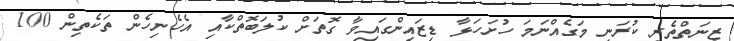
ޒީނަތްތެރި ކުރަނީ މަގެއްނަމަ ހުށަހަޅާ ޑިޒައިންގައިވާ ގޮތަށް ކުލަބޮތްކާއި އެހެނިހެން ތަކެތިން 100